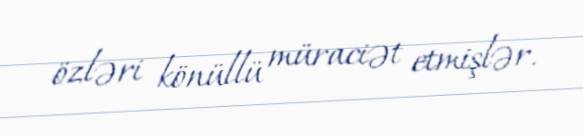
özləri könüllü müraciət etmişlər.